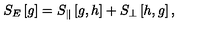
S _ { E } \left[ g \right] = S _ { \| } \left[ g , h \right] + S _ { \perp } \left[ h , g \right] ,